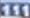
111